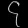
Digit: ၄